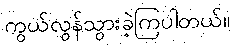
ကွယ်လွန်သွားခဲ့ကြပါတယ်။